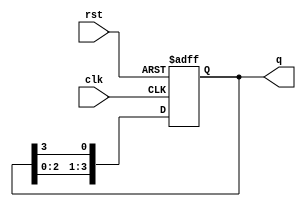
module ring_counter #(
    parameter N = 4  // Number of flip-flops (states)
)(
    input wire clk,       // Clock input
    input wire rst,       // Asynchronous reset input
    output reg [N-1:0] q  // Output state of the ring counter
);

// Internal signal for next state
wire [N-1:0] next_q;

// Combinational logic to determine the next state
assign next_q = {q[N-2:0], q[N-1]}; // Shift left and wrap around

// Sequential logic for the ring counter
always @(posedge clk or posedge rst) begin
    if (rst) begin
        q <= 1'b1; // Initialize to the first state (1000...0)
    end else begin
        q <= next_q; // Update state on clock edge
    end
end

endmodule